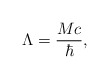
\begin{align*}\Lambda = \frac{Mc}{\hbar},\end{align*}